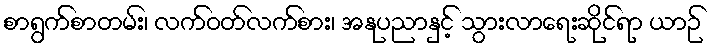
စာရွက်စာတမ်း၊ လက်ဝတ်လက်စား၊ အနုပညာနှင့် သွားလာရေးဆိုင်ရာ ယာဉ်